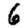
Digit: 6